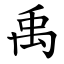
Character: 禹